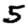
Digit: 5